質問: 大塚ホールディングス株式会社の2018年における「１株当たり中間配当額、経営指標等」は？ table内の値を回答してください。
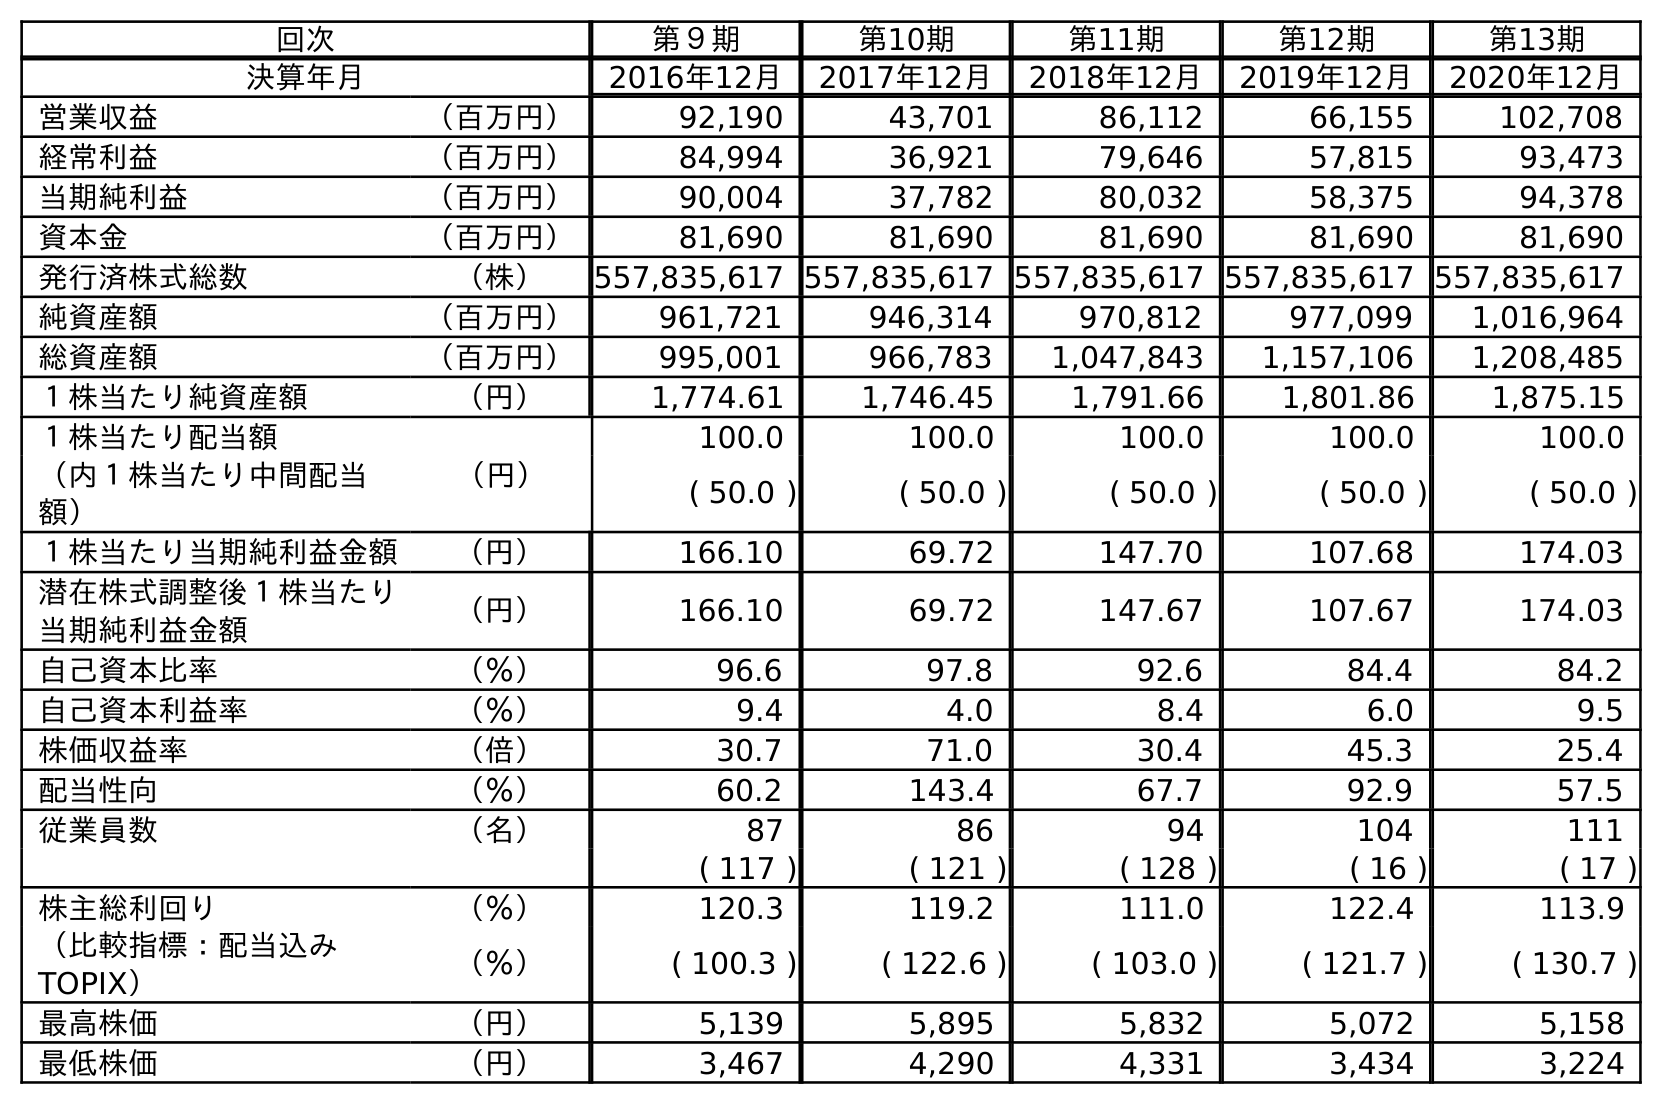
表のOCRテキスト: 回次 第９期 第10期 第11期 第12期 第13期 決算年月 2016年12月 2017年12月 2018年12月 2019年12月 2020年12月 営業収益 （百万円） 92,190 43,701 86,112 66,155 102,708 経常利益 （百万円） 84,994 36,921 79,646 57,815 93,473 当期純利益 （百万円） 90,004 37,782 80,032 58,375 94,378 資本金 （百万円） 81,690 81,690 81,690 81,690 81,690 発行済株式総数 （株） 557,835,617 557,835,617 557,835,617 557,835,617 557,835,617 純資産額 （百万円） 961,721 946,314 970,812 977,099 1,016,964 総資産額 （百万円） 995,001 966,783 1,047,843 1,157,106 1,208,485 １株当たり純資産額 （円） 1,774.61 1,746.45 1,791.66 1,801.86 1,875.15 １株当たり配当額 （円） 100.0 100.0 100.0 100.0 100.0 （内１株当たり中間配当 額） ( 50.0 ) ( 50.0 ) ( 50.0 ) ( 50.0 ) ( 50.0 ) １株当たり当期純利益金額 （円） 166.10 69.72 147.70 107.68 174.03 潜在株式調整後１株当たり 当期純利益金額 （円） 166.10 69.72 147.67 107.67 174.03 自己資本比率 （％） 96.6 97.8 92.6 84.4 84.2 自己資本利益率 （％） 9.4 4.0 8.4 6.0 9.5 株価収益率 （倍） 30.7 71.0 30.4 45.3 25.4 配当性向 （％） 60.2 143.4 67.7 92.9 57.5 従業員数 （名） 87 86 94 104 111 ( 117 ) ( 121 ) ( 128 ) ( 16 ) ( 17 ) 株主総利回り （％） 120.3 119.2 111.0 122.4 113.9 （比較指標：配当込み TOPIX） （％） ( 100.3 ) ( 122.6 ) ( 103.0 ) ( 121.7 ) ( 130.7 ) 最高株価 （円） 5,139 5,895 5,832 5,072 5,158 最低株価 （円） 3,467 4,290 4,331 3,434 3,224
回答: (50.0)